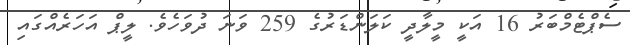
ސެޕްޓެމްބަރު 16 އަކީ މީލާދީ ކަލަންޑަރުގެ 259 ވަނަ ދުވަހެވެ. ލީޕް އަހަރެއްގައި